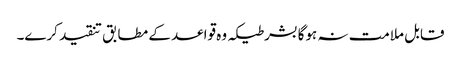
قابل ملامت نہ ہوگا بشرطیکہ وہ قواعد کے مطابق تنقید کرے۔